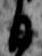
日